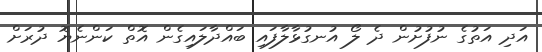
އަދި އަތުގެ ނުފުށުން ދެ ލޯ އުނގުޅާލާފައި ބައްދާލައިގެން އޮތް ކަންނެޔޮ ދުރަށް